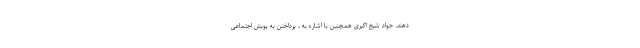
دهند. جواد شیخ اکبری همچنین با اشاره به ، پرداختن به پویش اجتماعی